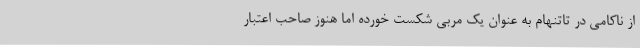
از ناکامی در تاتنهام به عنوان یک مربی شکست خورده اما هنوز صاحب اعتبار